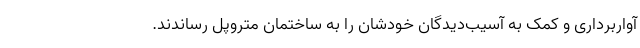
آواربرداری و کمک به آسیب‌دیدگان خودشان را به ساختمان متروپل رساندند.